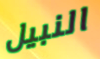
النبيل